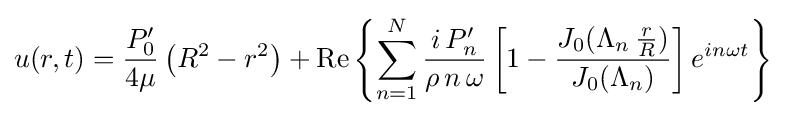
u(r,t)={\frac {P'_{0}}{4\mu }}\left(R^{2}-r^{2}\right)+\mathrm {Re} \left\{\sum _{n=1}^{N}{\frac {i\,P'_{n}}{\rho \,n\,\omega }}\left[1-{\frac {J_{0}(\Lambda _{n}\,{\frac {r}{R}})}{J_{0}(\Lambda _{n})}}\right]e^{in\omega t}\right\}